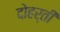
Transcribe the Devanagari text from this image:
दोहर्ती